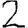
Digit: 2